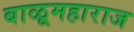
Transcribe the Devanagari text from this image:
बाळूमहाराज